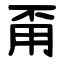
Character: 甭